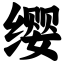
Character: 缨